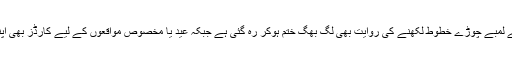
ایس ایم ایس کی وجہ سے لمبے چوڑے خطوط لکھنے کی روایت بھی لگ بھگ ختم ہوکر رہ گئی ہے جبکہ عید یا مخصوص مواقعوں کے لیے کارڈز بھی اپنی موت آپ مرگئے ہیں۔